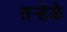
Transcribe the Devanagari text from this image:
तऱ्हेळे